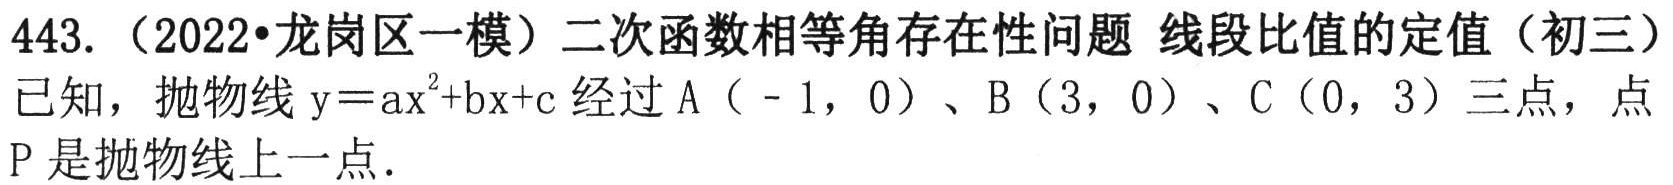
443.（2022•龙岗区一模）二次函数相等角存在性问题 线段比值的定值（初三）
已知，抛物线\(y = ax^{2}+bx + c\)经过\(A\)（ - 1，0）、\(B\)（3，0）、\(C\)（0，3）三点，点\(P\)是抛物线上一点.